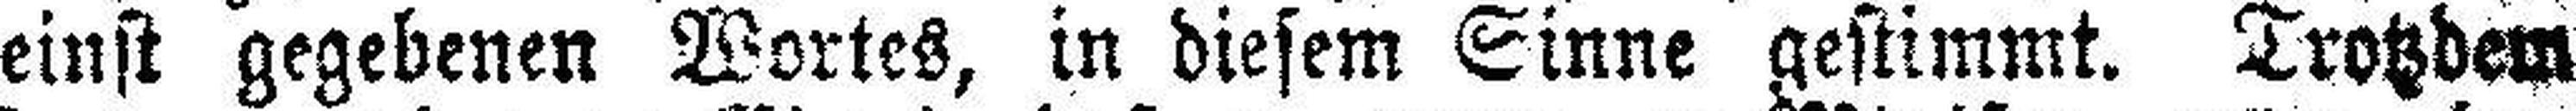
einst gegebenen Wortes, in diesem Sinne gestimmt. Trotzdem